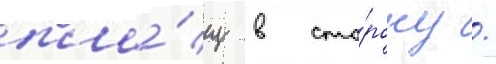
пла́щ в сто́рону /